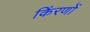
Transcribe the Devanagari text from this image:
किंरणों